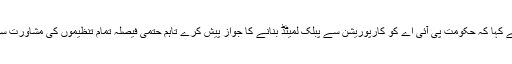
انہوں نے کہا کہ حکومت پی آئی اے کو کارپوریشن سے پبلک لمیٹڈ بنانے کا جواز پیش کرے تاہم حتمی فیصلہ تمام تنظیموں کی مشاورت سے ہوگا۔